Lunatic asylums United Provinces 1909-1921 - 1909-1921
Year: 1909
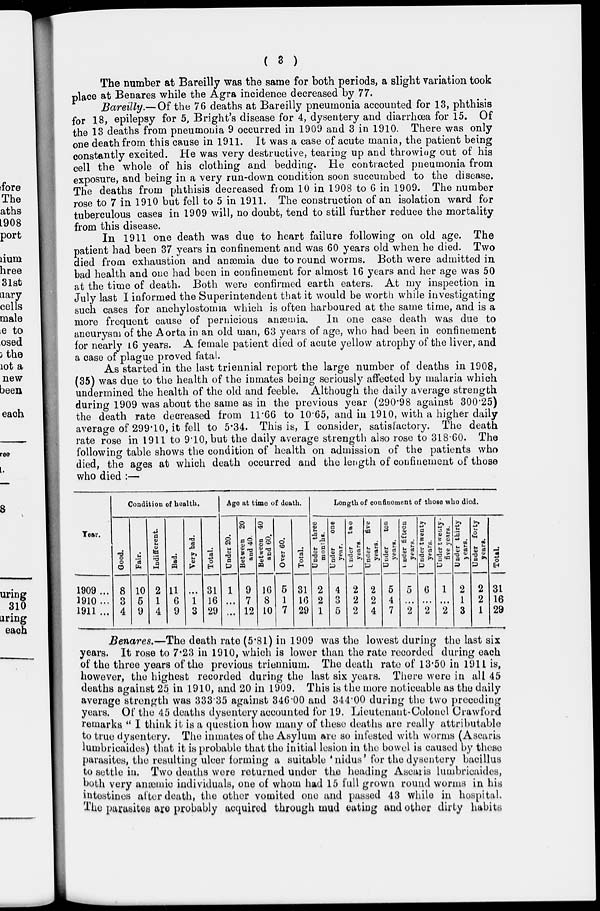
( 3 )
The number at Bareilly was the same for both periods, a slight variation took
place at Benares while the Agra incidence decreased by 77.
Bareilly.— Of the 76 deaths at Bareilly pneumonia accounted for 13, phthisis
for 18, epilepsy for 5, Bright's disease for 4, dysentery and diarrhœa for 15. Of
the 13 deaths from pneumonia 9 occurred in 1909 and 3 in 1910. There was only
one death from this cause in 1911. It was a case of acute mania, the patient being
constantly excited. He was very destructive, tearing up and throwing out of his
cell the whole of his clothing and bedding. He contracted pneumonia from
exposure, and being in a very run-down condition soon succumbed to the disease.
The deaths from phthisis decreased from 10 in 1908 to 6 in 1909. The number
rose to 7 in 1910 but fell to 5 in 1911. The construction of an isolation ward for
tuberculous cases in 1909 will, no doubt, tend to still further reduce the mortality
from this disease.
In 1911 one death was due to heart failure following on old age. The
patient had been 37 years in confinement and was 60 years old when he died. Two
died from exhaustion and anæmia due to round worms. Both were admitted in
bad health and one had been in confinement for almost 16 years and her age was 50
at the time of death. Both were confirmed earth eaters. At my inspection in
July last I informed the Superintendent that it would be worth while investigating
such cases for anchylostomia which is often harboured at the same time, and is a
more frequent cause of pernicious anæmia.
In one case death was due to
aneurysm of the Aorta in an old man, 63 years of age, who had been in confinement
for nearly 16 years. A female patient died of acute yellow atrophy of the liver, and
a case of plague proved fatal.
As started in the last triennial report the large number of deaths in 1908,
(35) was due to the health of the inmates being seriously affected by malaria which
undermined the health of the old and feeble. Although the daily average strength
during 1909 was about the same as in the previous year (290.98 against 300.25)
the death rate decreased from 11.66 to 10.65, and in 1910, with a higher daily
average of 299.10, it fell to 5.34. This is, I consider, satisfactory. The death
rate rose in 1911 to 9.10, but the daily average strength also rose to 318.60. The
following table shows the condition of health on admission of the patients who
died, the ages at which death occurred and the length of confinement of those
who died :—
Year.
1909 ...
1910 ...
1911 ...
Condition of health.
Good.
8
3
4
Fair.
10
5
9
Indifferent.
2
1
4
Bad.
11
6
9
Very bad.
...
1
3
Total.
31
16
29
Age at time of death.
Under 20.
1
...
...
Between 20
and 40.
9
7
12
Between 40
and 60.
16
8
10
Over 60.
5
1
7
Total.
31
16
29
Length of confinement of those who died.
Under three
months.
2
2
1
Under
one
year.
4
3
5
Under two
years.
2
2
2
Under
five
years.
2
2
4
Under
ten
years.
5
4
7
Under fifteen
years.
5
...
2
Under twenty
years.
6
...
2
Under twenty
five years.
1
...
2
Under thirty
years.
2
1
3
Under forty
years.
2
2
1
Total.
31
16
29
Benares.—The death rate (5.81) in 1909 was the lowest during the last six
years. It rose to 7.23 in 1910, which is lower than the rate recorded during each
of the three years of the previous triennium. The death rate of 13.50 in 1911 is,
however, the highest recorded during the last six years. There were in all 45
deaths against 25 in 1910, and 20 in 1909. This is the more noticeable as the daily
average strength was 333.35 against 346.00 and 344.00 during the two preceding
years. Of the 45 deaths dysentery accounted for 19. Lieutenant-Colonel Crawford
remarks " I think it is a question how many of these deaths are really attributable
to true dysentery. The inmates of the Asylum are so infested with worms (Ascaris
lumbricaides) that it is probable that the initial lesion in the bowel is caused by these
parasites, the resulting ulcer forming a suitable 'nidus' for the dysentery bacillus
to settle in. Two deaths were returned under the heading Ascaris lumbricaides,
both very anæmic individuals, one of whom had 15 full grown round worms in his
intestines after death, the other vomited one and passed 43 while in hospital.
The parasites are probably acquired through mud eating and other dirty habits